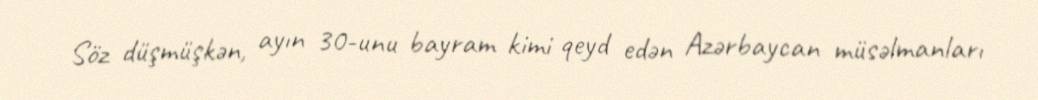
Söz düşmüşkən, ayın 30-unu bayram kimi qeyd edən Azərbaycan müsəlmanları